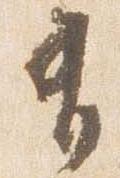
有